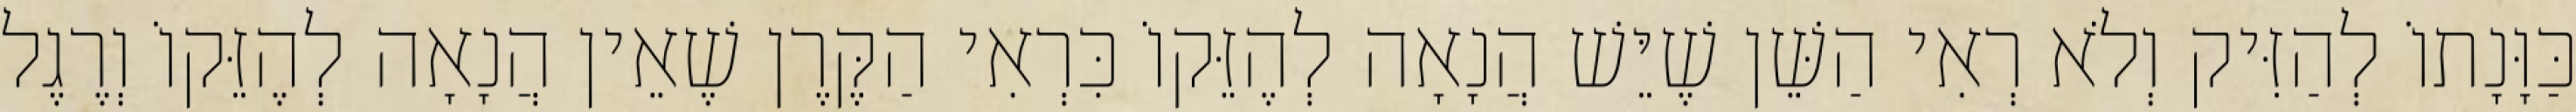
כַּוָּנָתוֹ לְהַזִּיק וְלֹא רְאִי הַשֵּׁן שֶׁיֵּשׁ הֲנָאָה לְהֶזֵּקוֹ כִּרְאִי הַקֶּרֶן שֶׁאֵין הֲנָאָה לְהֶזֵּקוֹ וְרֶגֶל